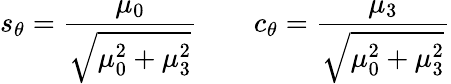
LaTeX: s_{\theta}=\frac{\mu_{0}}{\sqrt{\mu_{0}^{2}+\mu_{3}^{2}}}\qquad c_{\theta}=\frac{\mu_{3}}{\sqrt{\mu_{0}^{2}+\mu_{3}^{2}}}